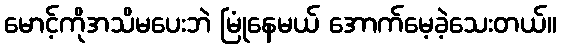
မောင့်ကိုအသိမပေးဘဲ မြုံနေမယ် အောက်မေ့ခဲ့သေးတယ်။